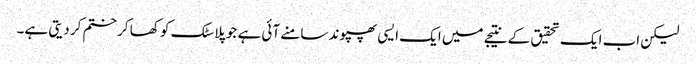
لیکن اب ایک تحقیق کے نتیجے میں ایک ایسی پھپوند سامنے آئی ہے جو پلاسٹک کو کھا کر ختم کر دیتی ہے۔